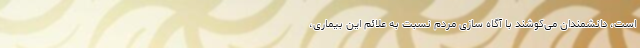
است، دانشمندان می‌کوشند با آگاه سازی مردم نسبت به علائم این بیماری،